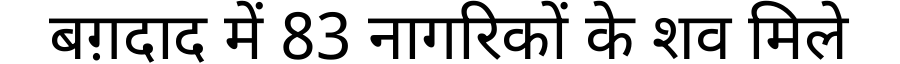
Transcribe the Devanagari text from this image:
बग़दाद में 83 नागरिकों के शव मिले